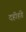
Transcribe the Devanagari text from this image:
दहीहंडे